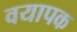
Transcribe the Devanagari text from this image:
वयापक